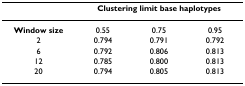
<table><thead><tr><td></td><td colspan="3"><b>Clustering limit base haplotypes</b></td></tr></thead><tbody><tr><td><b>Window size</b></td><td>0.55</td><td>0.75</td><td>0.95</td></tr><tr><td>2</td><td>0.794</td><td>0.791</td><td>0.792</td></tr><tr><td>6</td><td>0.792</td><td>0.806</td><td>0.813</td></tr><tr><td>12</td><td>0.785</td><td>0.800</td><td>0.813</td></tr><tr><td>20</td><td>0.794</td><td>0.805</td><td>0.813</td></tr></tbody></table>